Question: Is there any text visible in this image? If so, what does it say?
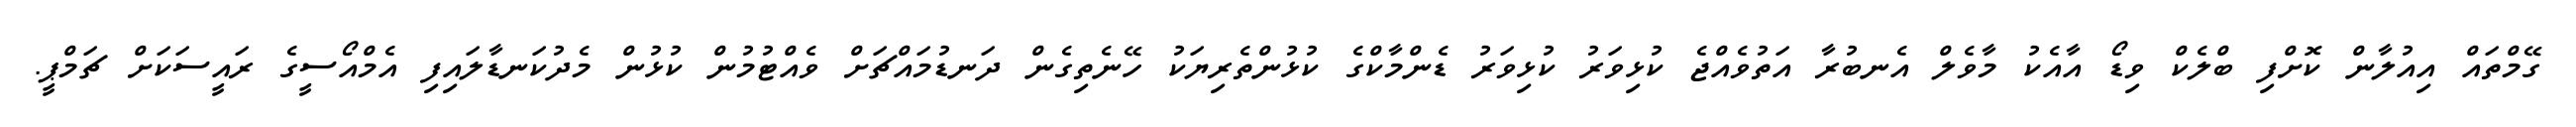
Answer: ގޭމްތައް އިއުލާން ކޮށްފި ބްލެކް ވިޑޯ އާއެކު މާވެލް އެނބުރާ އަތުވެއްޖެ ކުޅިވަރު ކުޅިވަރު ޑެންމާކްގެ ކުޅުންތެރިޔަކު ހޭނެތިގެން ދަނޑުމައްޗަށް ވެއްޓުމުން ކުޅުން މެދުކަނޑާލައިފި އެމްއޯސީގެ ރައީސަކަށް ޗަމްޕީ.